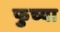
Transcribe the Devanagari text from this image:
फुच्या